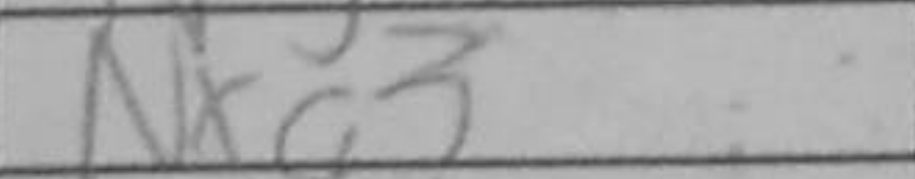
Transcription: Nxg3